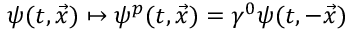
\psi ( t , { \vec { x } } ) \mapsto \psi ^ { p } ( t , { \vec { x } } ) = \gamma ^ { 0 } \psi ( t , - { \vec { x } } )